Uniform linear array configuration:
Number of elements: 8
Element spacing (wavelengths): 0.75
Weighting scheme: hamming
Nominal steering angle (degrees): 60
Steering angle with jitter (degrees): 61.239
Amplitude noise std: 0.05
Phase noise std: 0.05

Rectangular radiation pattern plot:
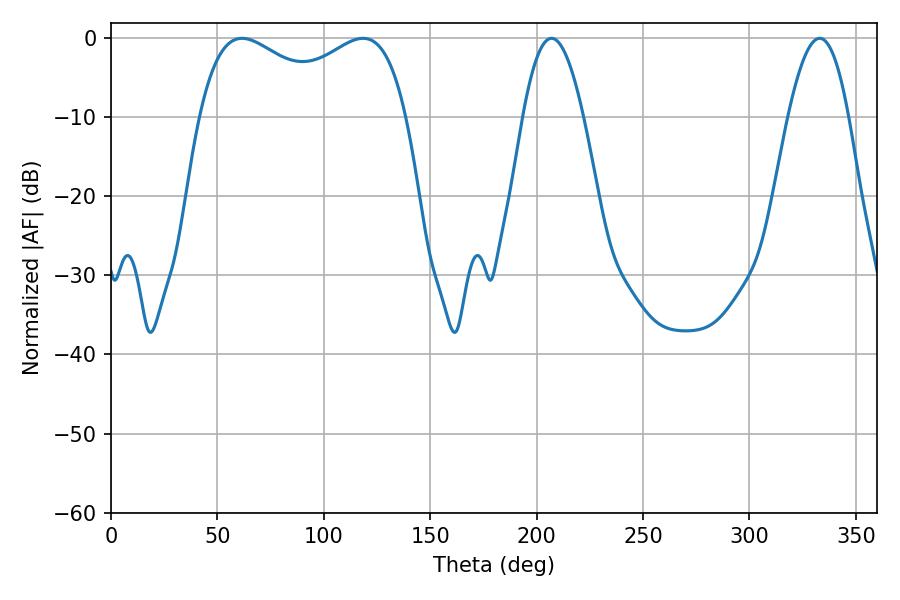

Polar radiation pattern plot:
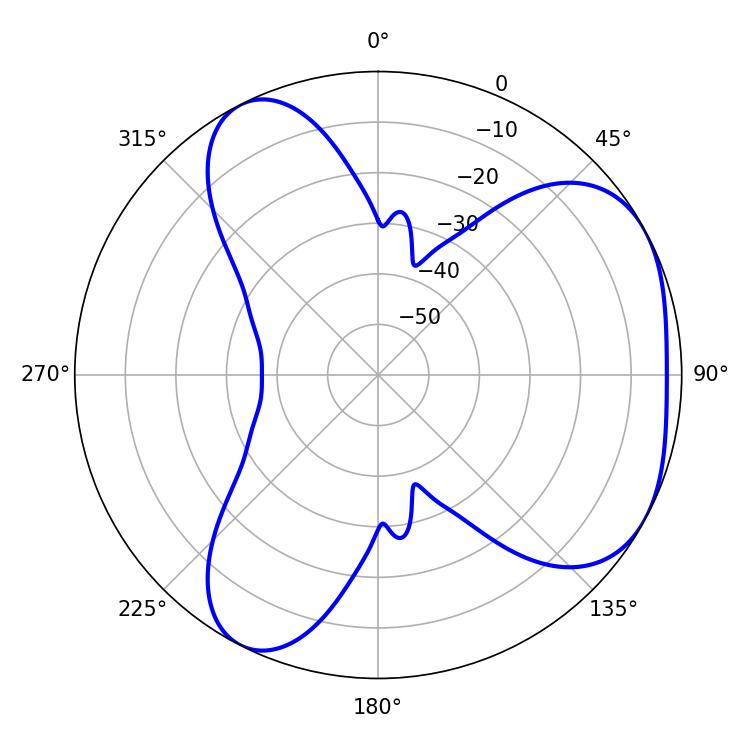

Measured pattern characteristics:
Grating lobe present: TRUE
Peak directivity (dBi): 4.197
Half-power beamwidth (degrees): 81
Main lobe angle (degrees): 61.56